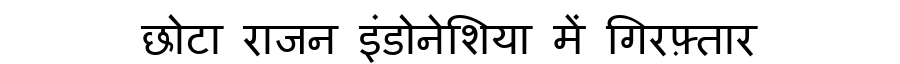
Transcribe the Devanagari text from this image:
छोटा राजन इंडोनेशिया में गिरफ़्तार